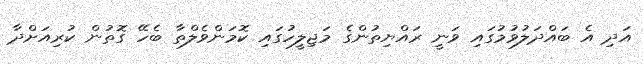
އަދި އެ ބައްދަލުވުމުގައި ވަނީ ރައްޔިތުންގެ މަޖިލީހުގައި ކޮމަންވެލްތާ ބެހޭ ގޮތުން ކުރިއަށްދާ